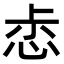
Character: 𢙤